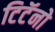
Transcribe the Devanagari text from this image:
टिटॅनो